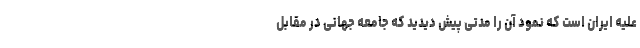
علیه ایران است که نمود آن را مدتی پیش دیدید که جامعه جهانی در مقابل